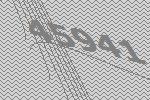
45941